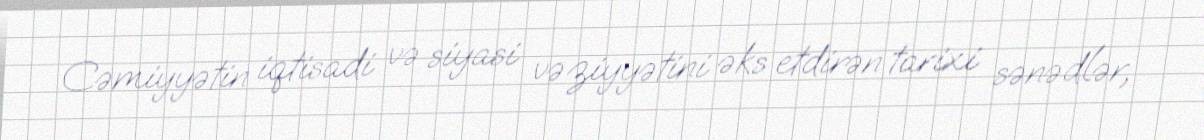
Cəmiyyətin iqtisadi və siyasi vəziyyətini əks etdirən tarixi sənədlər,